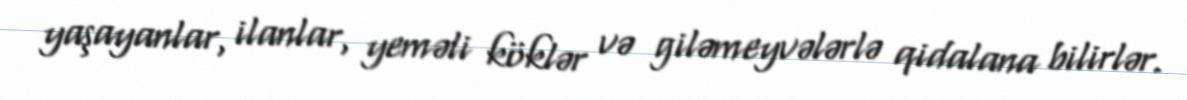
yaşayanlar, ilanlar, yeməli köklər və giləmeyvələrlə qidalana bilirlər.